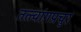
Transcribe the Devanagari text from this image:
तत्त्वांगप्रचुर